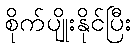
စိုက်ပျိုးနိုင်ပြီး